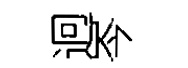
迥岑